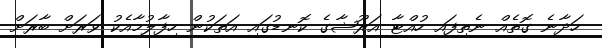
ހަދާނެ ގޮތެއް ނެތިފައި ހުއްޓާ އަރޫޝާގެ ކޮނޑުގައި އަތަކުން ހިފާލުމާއެކު ވަރަށް ބާރަށް